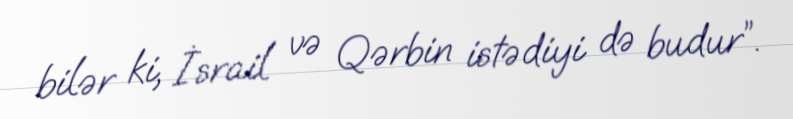
bilər ki, İsrail və Qərbin istədiyi də budur”.